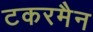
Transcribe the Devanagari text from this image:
टकरमैन